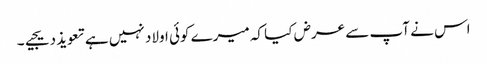
اس نے آپ سے عرض کیا کہ میرے کوئی اولاد نہیں ہے تعویذ دیجیے۔